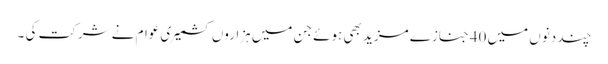
چند دنوں میں 40جنازے مزید بھی ہوئے جن میں ہزاروں کشمیری عوام نے شرکت کی ۔